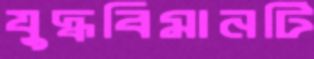
যুদ্ধবিমানটি